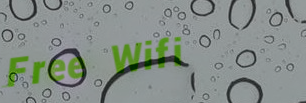
Free Wifi